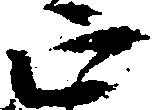
正